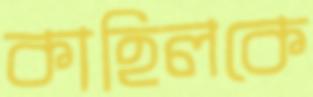
কাহিলকে